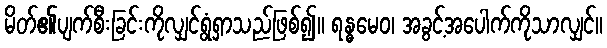
မိတ်၏ပျက်စီးခြင်းကိုလျှင်ရွံရှာသည်ဖြစ်၍။ ရန္ဓမေဝ၊ အခွင့်အပေါက်ကိုသာလျှင်။